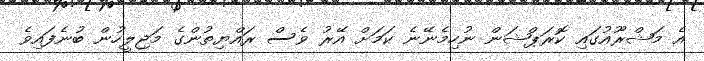
އެ މަޝްރޫއުގައި ކޮރަޕްޝަން ނުހިމެނޭނެ ކަމަށް އޭރު ވެސް ރައްޔިތުންގެ މަޖިލީހުން ބުނެފައިވެ